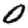
Digit: 0